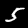
Digit: 5